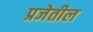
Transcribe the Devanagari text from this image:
प्रजेतील